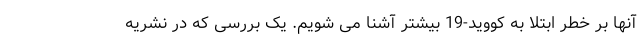
آنها بر خطر ابتلا به کووید-19 بیشتر آشنا می شویم. یک بررسی که در نشریه